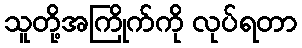
သူတို့အကြိုက်ကို လုပ်ရတာ